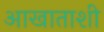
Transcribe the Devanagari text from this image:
आखाताशी